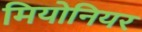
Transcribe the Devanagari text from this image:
मियोनियर